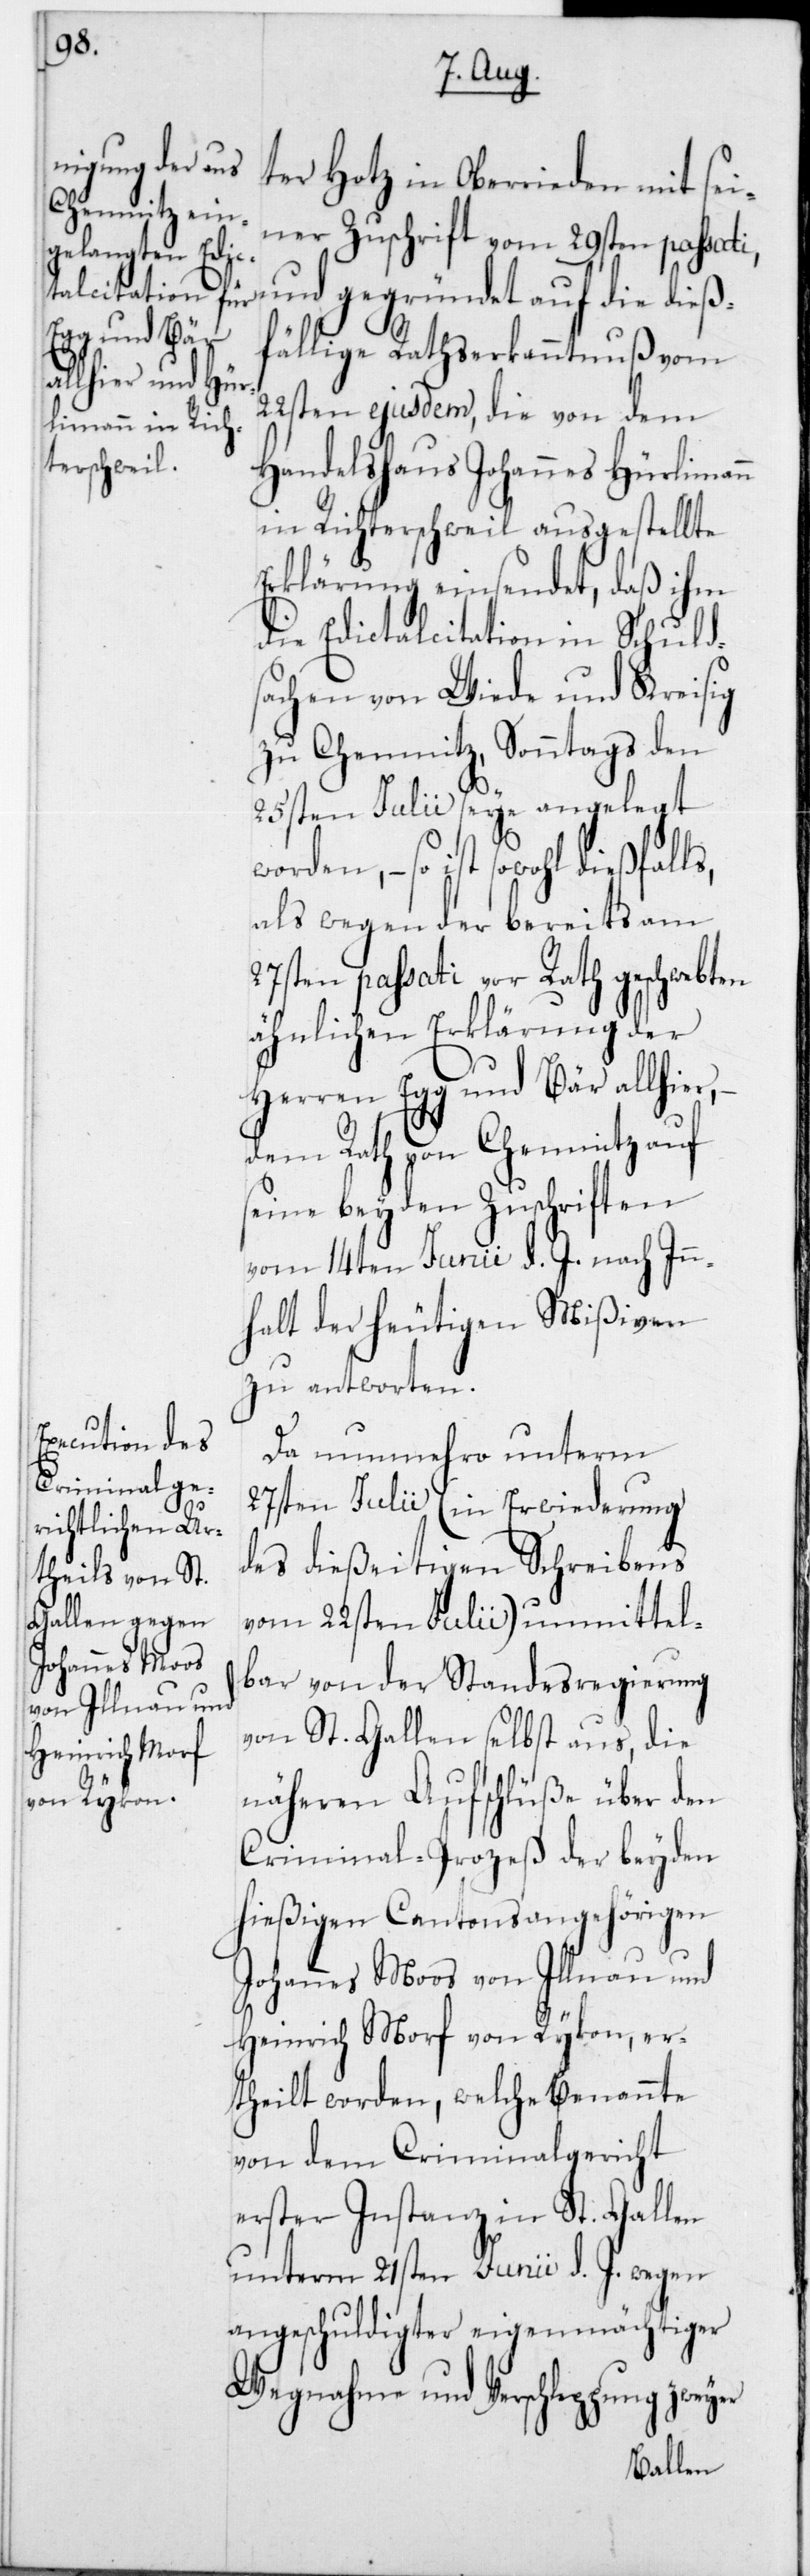
ter Hotz in Oberrieden mit sei¬
ner Zuschrift vom 29sten passati,
und gegründet auf die dieß¬
fällige Rathserkanntnuß vom
22sten ejusdem, die von dem
Handelshaus Johannes Hürlimann
in Richterschweil ausgestellte
Erklärung einsendet, daß ihm
die Edictalcitation in Schuld¬
sachen von Wiede und Kreisig
zu Chemnitz, Sonntags den
25sten Julii seye angelegt
so ist sowohl dießfalls,
als wegen der bereits am
27sten passati vor Rath geschwebten
ähnlichen Erklärung der
Herren Egg und Bär allhier,
dem Rath von Chemnitz auf
seine beyden Zuschriften
vom 14ten Junii d. J. nach In¬
nhalt der heutigen Mißiven
zu antworten.
Da nunmehro unterm
27sten Julii (in Erwiderung
des dießeitigen Schreibens
vom 22sten Julii) unmittel¬
bar von derStandesregierung
von St. Gallen selbst aus, die
näheren Aufschlüße über den
Criminal-Prozeß der beyden
hießigen Cantonsangehörigen
Johannes Moos von Illnau und
Heinrich Morf von Rykon, er¬
theilt worden, welche benannte
von dem Criminalgericht
erster Instanz in St. Gallen
unterm 21sten Junii d. J. wegen
angeschuldigter eigenmächtiger
Wegnahme und Verschleppung